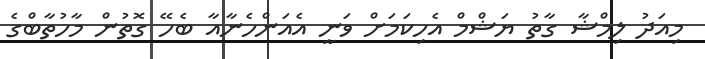
މިއަދު ލިމްޝާ ގާތު ޔަޝްމް އެހިކަމަށް ވަނީ އެއަންހެނާއާ ބެހޭ ގޮތުން މާހުތާބްގެ